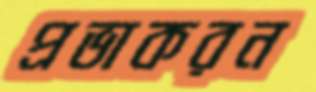
প্রভাকরন